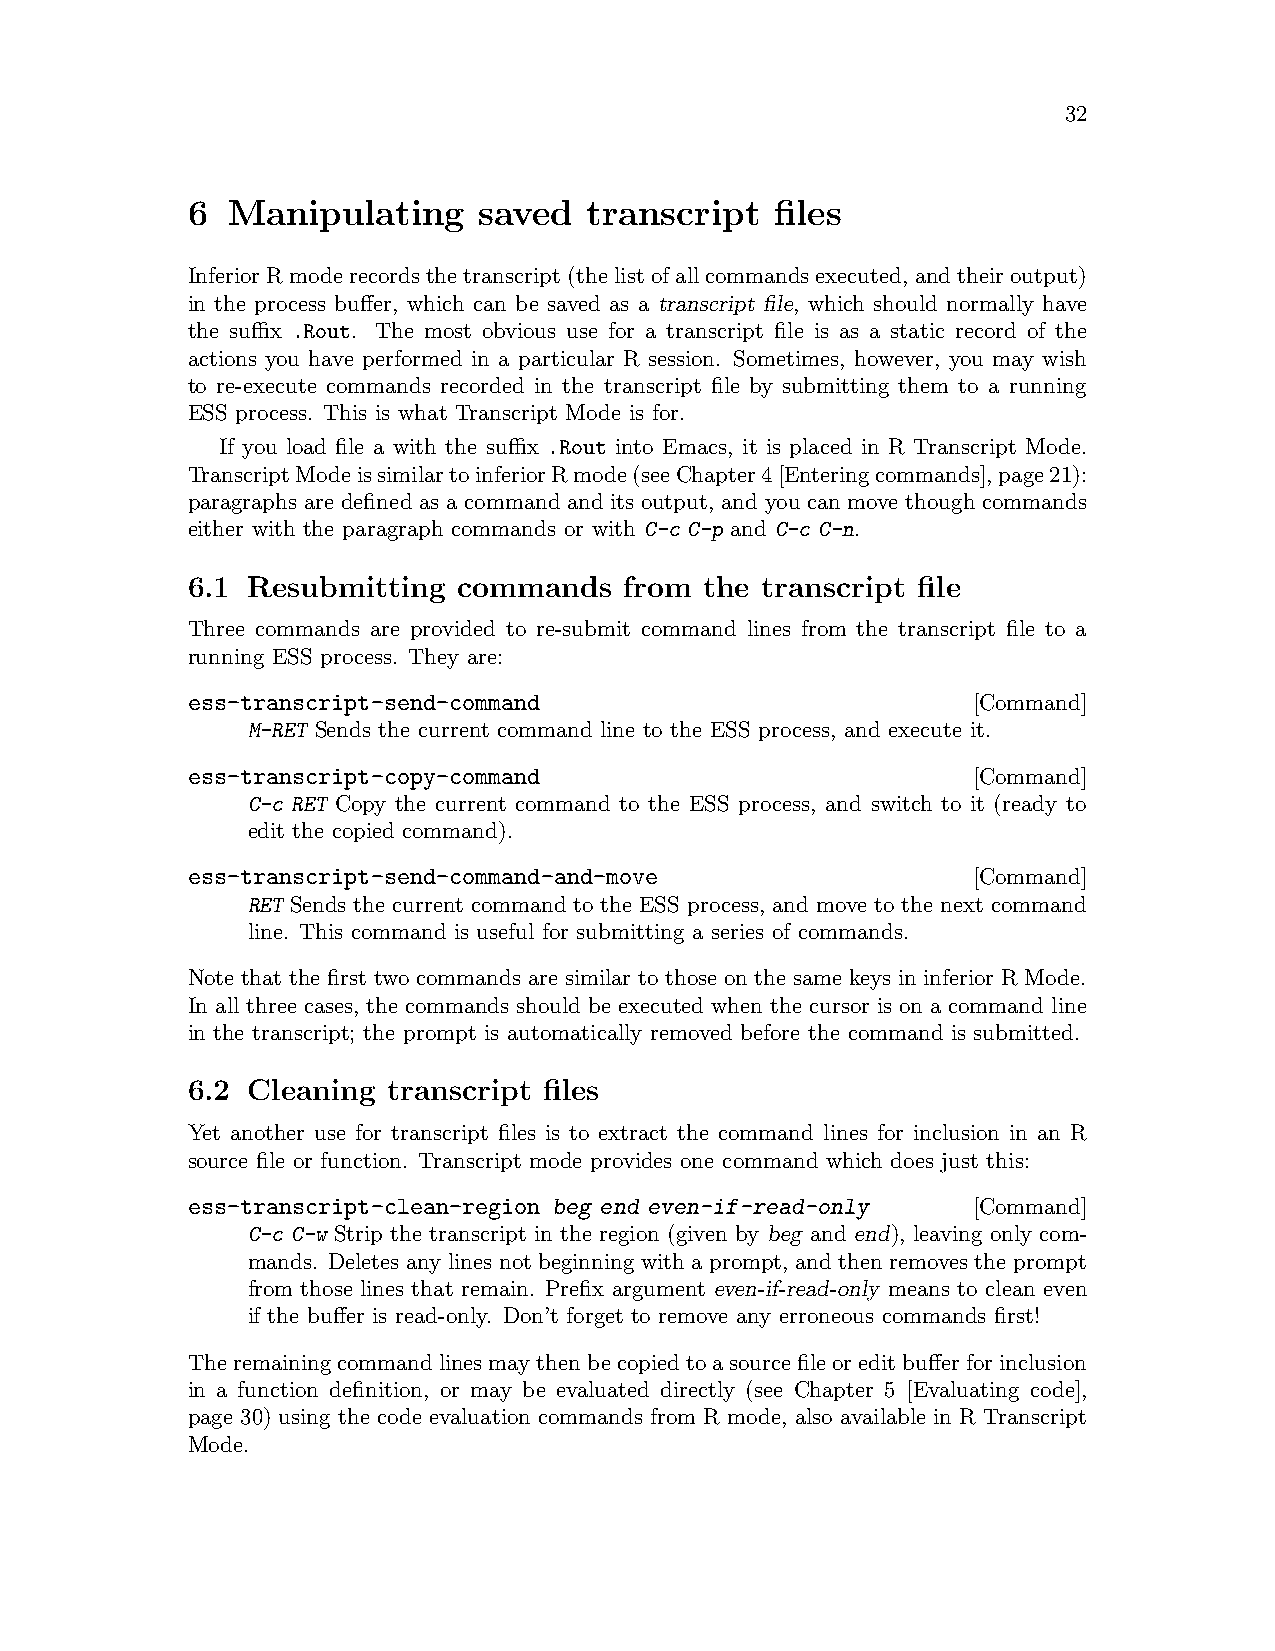
32
 6  Manipulating     saved  transcript  files
 InferiorRmoderecordsthetranscript(thelistofallcommandsexecuted, andtheiroutput)
 in the process buffer, which can be saved as a transcript file, which should normally have
 the suffix .Rout. The most obvious use for a transcript file is as a static record of the
 actions you have performed in a particular R session. Sometimes, however, you may wish
 to re-execute commands recorded in the transcript file by submitting them to a running
 ESS process. This is what Transcript Mode is for.
 If you load file a with the suffix .Rout into Emacs, it is placed in R Transcript Mode.
 TranscriptModeissimilartoinferiorRmode(seeChapter4[Enteringcommands],page21):
 paragraphs are defined as a command and its output, and you can move though commands
 either with the paragraph commands or with C-c C-p and C-c C-n.
 6.1 Resubmitting  commands   from  the transcript file
 Three commands are provided to re-submit command lines from the transcript file to a
 running ESS process. They are:
 ess-transcript-send-command                         [Command]
 M-RET Sends the current command line to the ESS process, and execute it.
 ess-transcript-copy-command                         [Command]
 C-c RET Copy the current command to the ESS process, and switch to it (ready to
 edit the copied command).
 ess-transcript-send-command-and-move                [Command]
 RET Sends the current command to the ESS process, and move to the next command
 line. This command is useful for submitting a series of commands.
 Note that the first two commands are similar to those on the same keys in inferior R Mode.
 In all three cases, the commands should be executed when the cursor is on a command line
 in the transcript; the prompt is automatically removed before the command is submitted.
 6.2 Cleaning  transcript files
 Yet another use for transcript files is to extract the command lines for inclusion in an R
 source file or function. Transcript mode provides one command which does just this:
 ess-transcript-clean-region beg end even-if-read-only [Command]
 C-c C-w Strip the transcript in the region (given by beg and end), leaving only com-
 mands. Deletes any lines not beginning with a prompt, and then removes the prompt
 from those lines that remain. Prefix argument even-if-read-only means to clean even
 if the buffer is read-only. Don’t forget to remove any erroneous commands first!
 Theremainingcommandlinesmaythenbecopiedtoasourcefileoreditbufferforinclusion
 in a function definition, or may be evaluated directly (see Chapter 5 [Evaluating code],
 page 30) using the code evaluation commands from R mode, also available in R Transcript
 Mode.